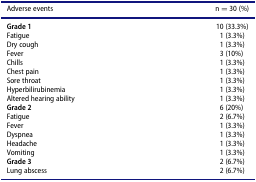
| Adverse events | n = 30 (%) |
 | --- | --- |
 | Grade 1 | 10 (33.3%) |
 | Fatigue | 1 (3.3%) |
 | Dry cough | 1 (3.3%) |
 | Fever | 3 (10%) |
 | Chills | 1 (3.3%) |
 | Chest pain | 1 (3.3%) |
 | Sore throat | 1 (3.3%) |
 | Hyperbilirubinemia | 1 (3.3%) |
 | Altered hearing ability | 1 (3.3%) |
 | Grade 2 | 6 (20%) |
 | Fatigue | 2 (6.7%) |
 | Fever | 1 (3.3%) |
 | Dyspnea | 1 (3.3%) |
 | Headache | 1 (3.3%) |
 | Vomiting | 1 (3.3%) |
 | Grade 3 | 2 (6.7%) |
 | Lung abscess | 2 (6.7%) |